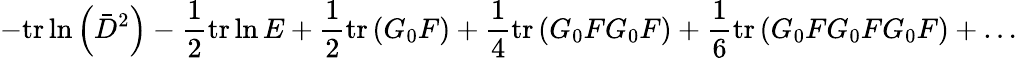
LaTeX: -\mathrm{tr}\ln\left(\bar{D}^{2}\right)-\frac{1}{2}\mathrm{tr}\ln E+\frac{1}{2}\mathrm{tr}\left(G_{0}F\right)+\frac{1}{4}\mathrm{tr}\left(G_{0}FG_{0}F\right)+\frac{1}{6}\mathrm{tr}\left(G_{0}FG_{0}FG_{0}F\right)+\ldots